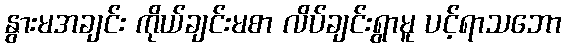
နွားမအချင်း ကိုယ်ချင်းမစာ လိပ်ချင်းရွာမူ ပင့်ရာသဘော